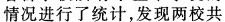
情况进行了统计，发现两校共